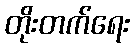
တိုးတက်ရေး